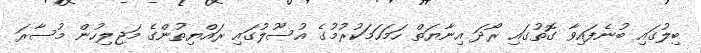
ބިލުގައި ބުނެފައިވާ ގޮތުގައި ރޯދަ އިނާޔަތް ހަމަހަމަކުރުމުގެ އުސޫލުގައި ރައްޔިތުންގެ މަޖިލިހުން މުސާރަ